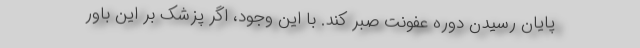
پایان رسیدن دوره عفونت صبر کند. با این وجود، اگر پزشک بر این باور